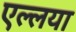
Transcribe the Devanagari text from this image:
एल्लया